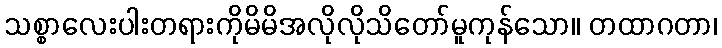
သစ္စာလေးပါးတရားကိုမိမိအလိုလိုသိတော်မူကုန်သော။ တထာဂတာ၊